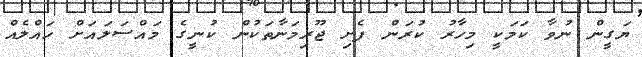
ޔަގީން ނުވާ ކަމަކީ މިހާރު ކުރަން ފެށި ޖޫރިމަނާތަކުން ކުނީގެ މައްސަލައަށް ހައްލެއް